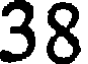
38